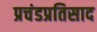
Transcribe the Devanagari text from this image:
प्रचंडप्रतिसाद